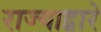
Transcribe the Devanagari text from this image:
राज्याद्वारे